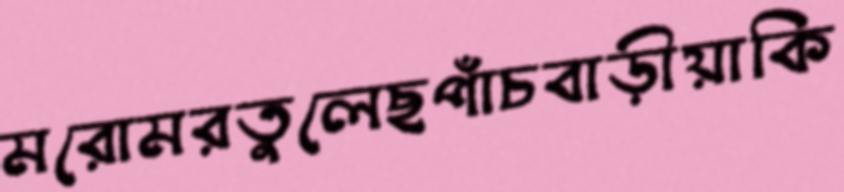
মরোমরতুলেছপাঁচবাড়ীয়াকি